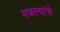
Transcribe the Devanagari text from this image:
मजल्यांचे